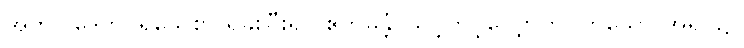
အဘိဝါဒေတိ၊ ရိုသေစွာ ရှိခိုးပြီး၍။ ဧကမန္တံ၊ သင့်တင့်လျှောက်ပတ်သော အရပ်၌။